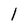
Character: 1